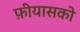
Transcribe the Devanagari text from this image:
फ़ीयासको